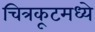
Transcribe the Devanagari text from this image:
चित्रकूटमध्ये